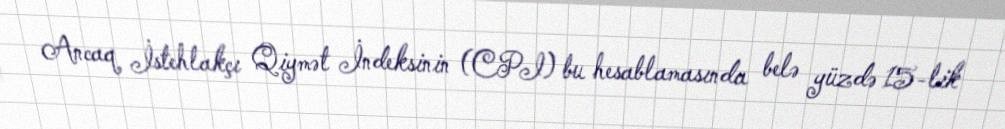
Ancaq İstehlakçı Qiymət İndeksinin (CPI) bu hesablamasında belə yüzdə 15-lik